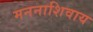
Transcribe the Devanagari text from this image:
मननाशिवाय